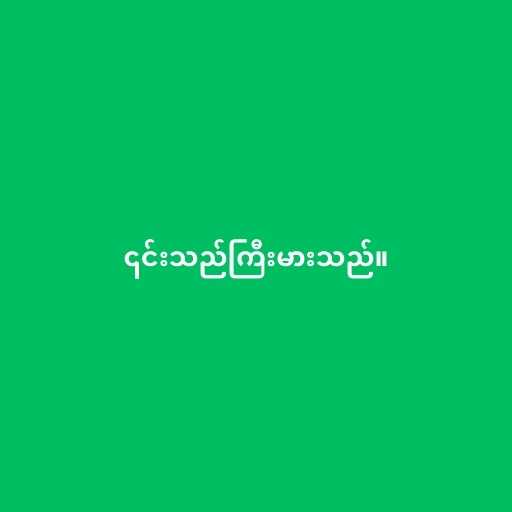
၎င်းသည်ကြီးမားသည်။